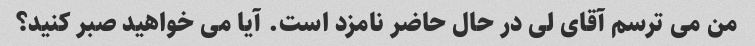
من می ترسم آقای لی در حال حاضر نامزد است. آیا می خواهید صبر کنید؟